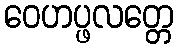
ဝေဟပ္ဖလတ္တေ